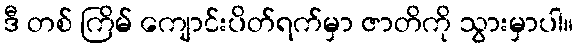
ဒီ တစ် ကြိမ် ကျောင်းပိတ်ရက်မှာ ဇာတိကို သွားမှာပါ။